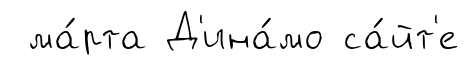
ма́рта Д'ина́мо са́йт'е